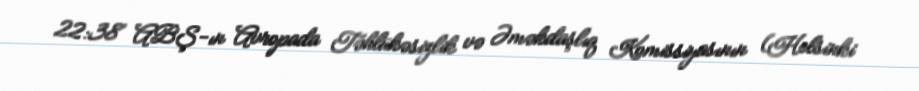
22:38 ABŞ-ın Avropada Təhlükəsizlik və Əməkdaşlıq Komissiyasının (Helsinki